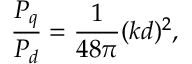
\frac { P _ { q } } { P _ { d } } = \frac { 1 } { 4 8 \pi } ( k d ) ^ { 2 } ,